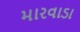
મારવાડા